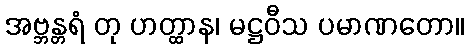
အဗ္ဘန္တရံ တု ဟတ္ထာန၊ မဋ္ဌဝီသ ပမာဏတော။